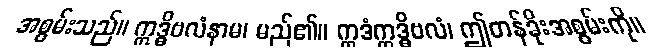
အစွမ်းသည်။ ဣဒ္ဓိဗလံနာမ၊ မည်၏။ ဣဒံဣဒ္ဓိဗလံ၊ ဤတန်ခိုးအစွမ်းကို။